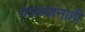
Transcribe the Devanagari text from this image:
पेशव्यांनाही